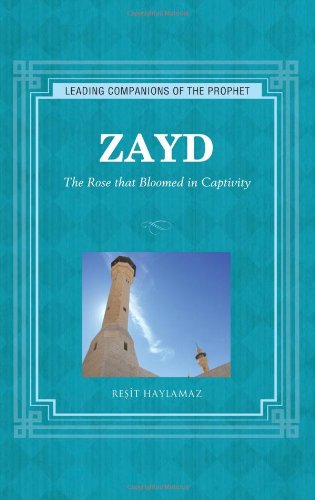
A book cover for Zayd: The Rose that Bloomed in Captivity (Leading Companions of the Prophet); Resit Haylamaz; Teen & Young Adult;